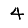
Digit: 4